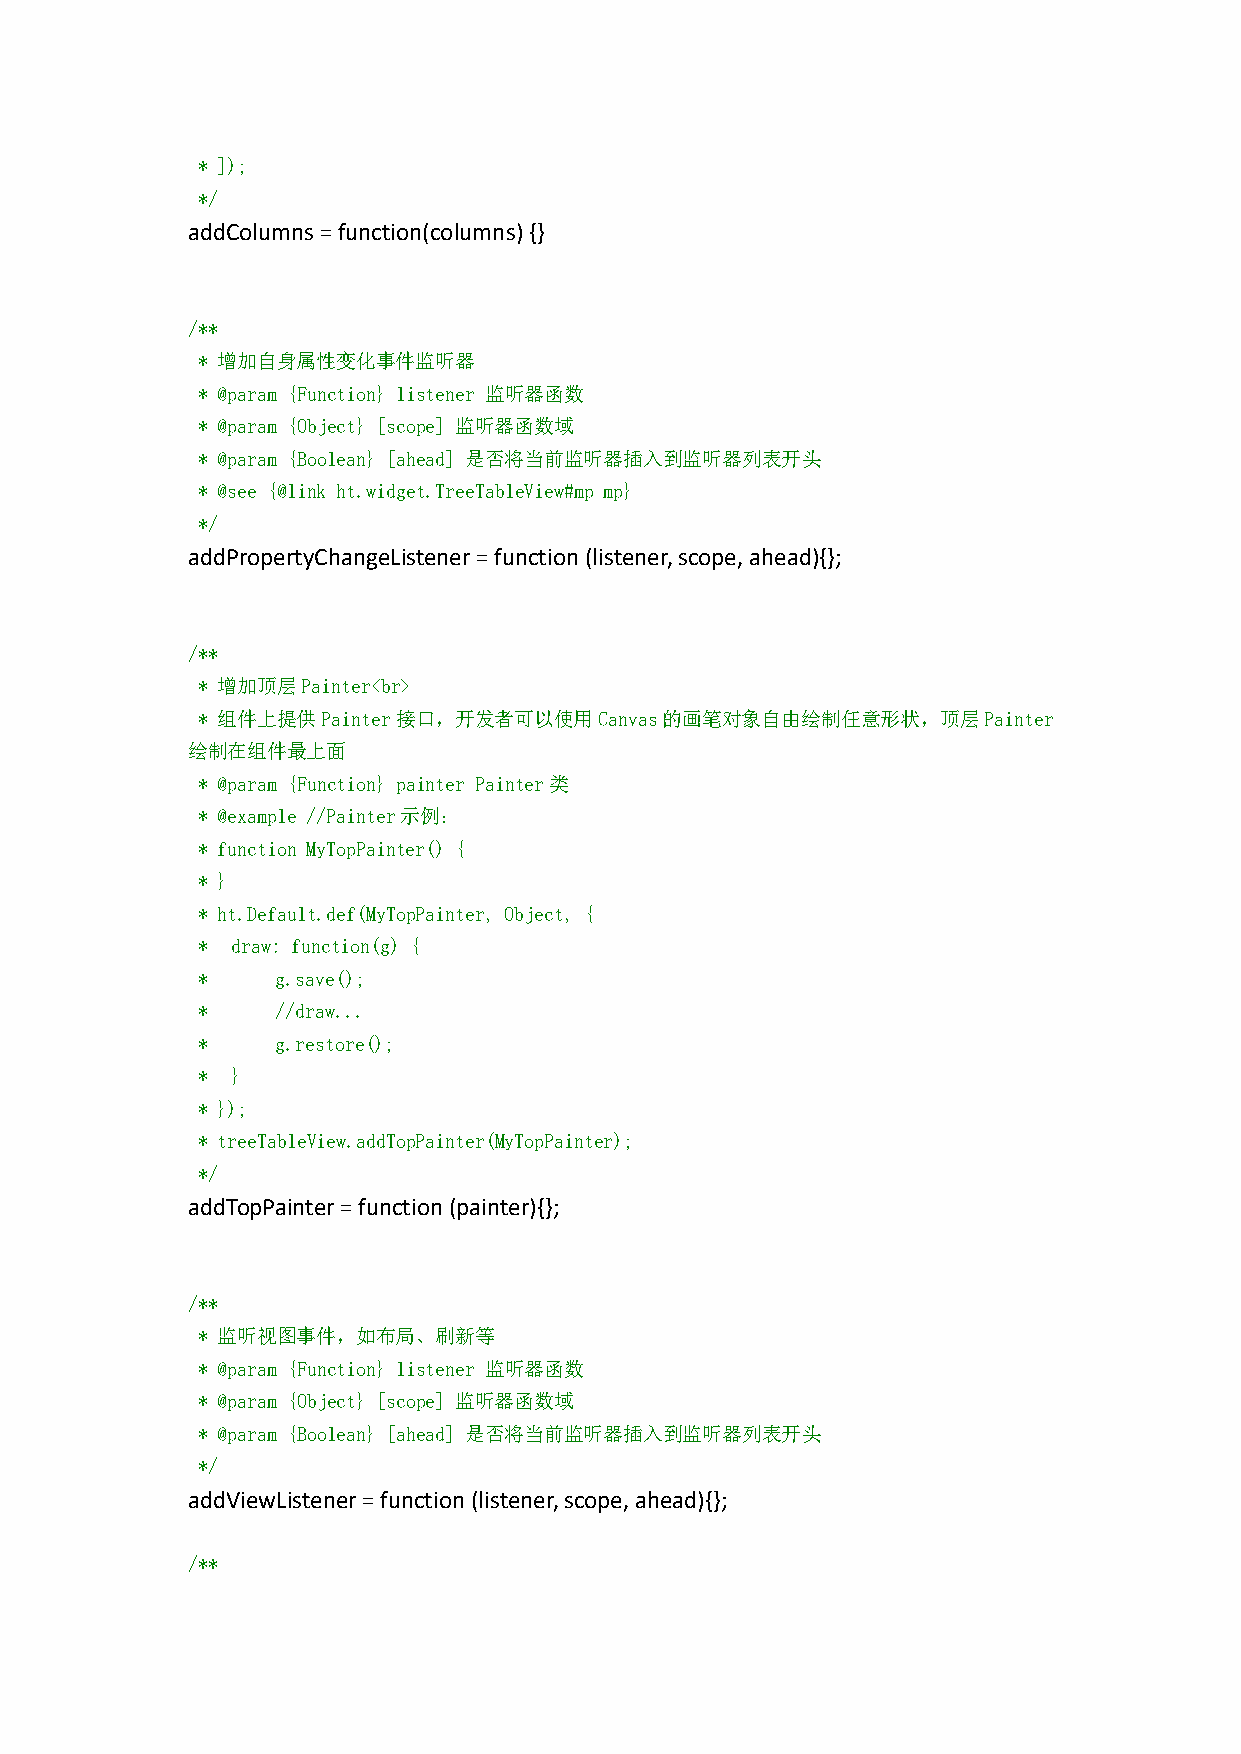
* ]);
 */
 addColumns=function(columns){}
 /**
 * 增加自身属性变化事件监听器
 * @param {Function} listener 监听器函数
 * @param {Object} [scope] 监听器函数域
 * @param {Boolean} [ahead] 是否将当前监听器插入到监听器列表开头
 * @see {@link ht.widget.TreeTableView#mp mp}
 */
 addPropertyChangeListener=function(listener,scope,ahead){};
 /**
 * 增加顶层Painter<br>
 * 组件上提供Painter接口，开发者可以使用Canvas的画笔对象自由绘制任意形状，顶层Painter
 绘制在组件最上面
 * @param {Function} painter Painter类
 * @example //Painter示例：
 * function MyTopPainter() {
 * }
 * ht.Default.def(MyTopPainter, Object, {
 * draw: function(g) {
 *    g.save();
 *    //draw...
 *    g.restore();
 * }
 * });
 * treeTableView.addTopPainter(MyTopPainter);
 */
 addTopPainter=function(painter){};
 /**
 * 监听视图事件，如布局、刷新等
 * @param {Function} listener 监听器函数
 * @param {Object} [scope] 监听器函数域
 * @param {Boolean} [ahead] 是否将当前监听器插入到监听器列表开头
 */
 addViewListener=function(listener,scope,ahead){};
 /**